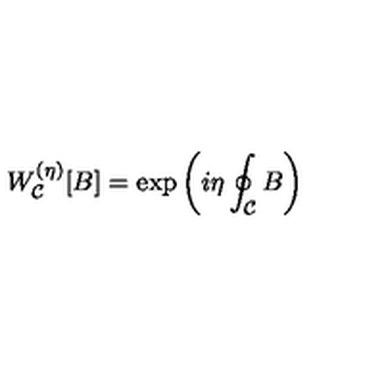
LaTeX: W _ { \cal C } ^ { ( \eta ) } [ B ] = \exp \left( i \eta \oint _ { \cal C } B \right)